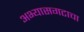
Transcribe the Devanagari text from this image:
अभ्यासगटाचा